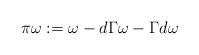
LaTeX: \begin{align*} \pi\omega := \omega - d\Gamma\omega - \Gamma d\omega \end{align*}